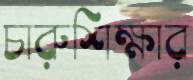
চারুশিক্ষার